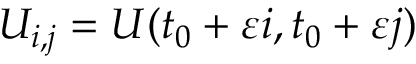
U _ { i , j } = U ( t _ { 0 } + \varepsilon i , t _ { 0 } + \varepsilon j )